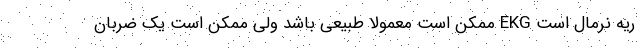
ریه نرمال است EKG ممکن است معمولا طبیعی باشد ولی ممکن است یک ضربان